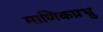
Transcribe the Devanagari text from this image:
माणिकप्रभ्रु